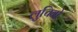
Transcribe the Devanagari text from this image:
लुचिनो